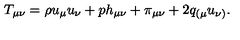
T _ { \mu \nu } = \rho u _ { \mu } u _ { \nu } + p h _ { \mu \nu } + \pi _ { \mu \nu } + 2 q _ { ( \mu } u _ { \nu ) } .